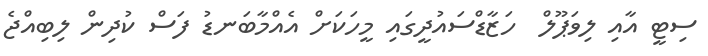
ސިޓީ އާއި ލިވަޕޫލް  ހަޒާޑްސައުދީގައި މީހަކަށް އެއްމާބަނޑު ފަސް ކުދިން ލިބިއްޖެ